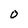
Character: 0